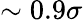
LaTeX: \sim 0.9\sigma